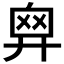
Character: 𢍙